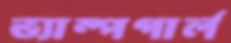
ভ্যাম্পগার্ল